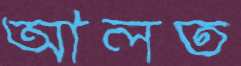
আলত